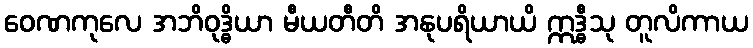
ဝေဏကုလေ အဘိဝုဒ္ဓိယာ မီယတီတိ အနုပရိယာယိ ဣဒ္ဓီသု တူလိကာယ